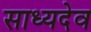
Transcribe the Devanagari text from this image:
साध्यदेव